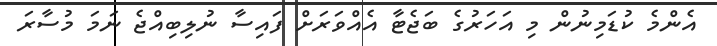
އެންމެ ކުޑަމިނުން މި އަހަރުގެ ބަޖެޓާ އެއްވަރަށް ފައިސާ ނުލިބިއްޖެ ނަމަ މުސާރަ